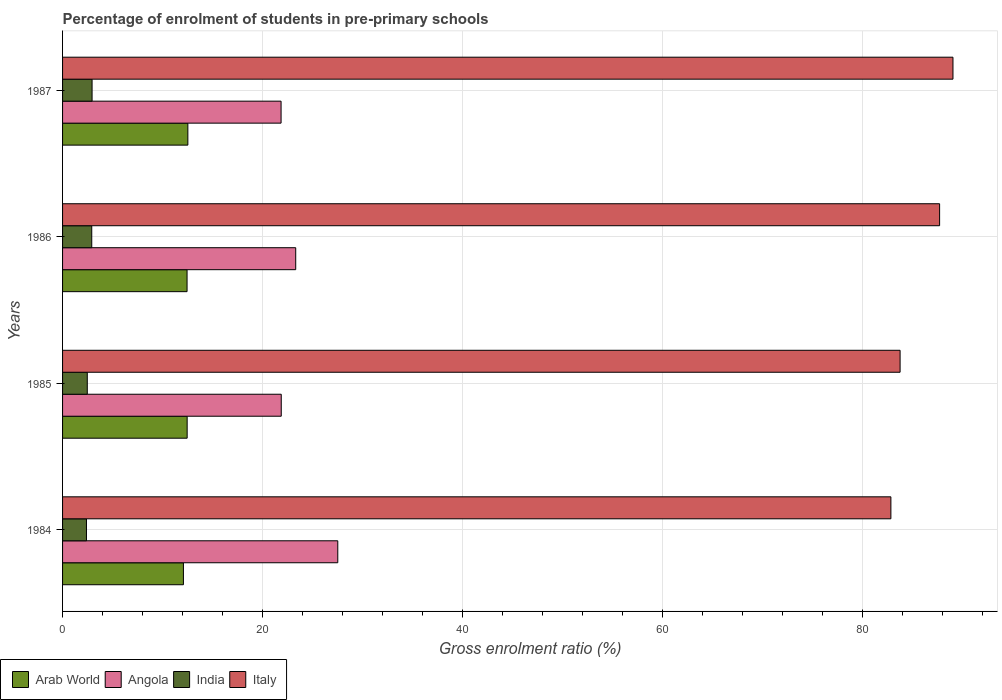
| Years | Arab World | Angola | India | Italy |
 | --- | --- | --- | --- | --- |
 | 1984 | 12.1 | 27.5 | 2.39 | 82.9 |
 | 1985 | 12.5 | 21.9 | 2.47 | 83.8 |
 | 1986 | 12.5 | 23.3 | 2.92 | 87.7 |
 | 1987 | 12.5 | 21.9 | 2.95 | 89.1 |